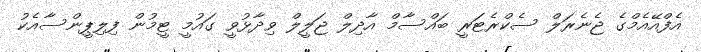
އެފްއޭއެމްގެ ޖެނެރަލް ސެކްރެޓަރީ ބައްސާމް އާދިލް ޖަލީލް ވިދާޅުވީ ގައުމީ ޓީމުން ފިލިޕީންސާއެކު